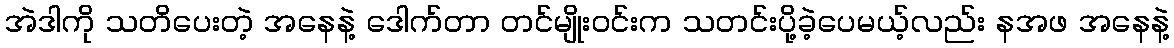
အဲဒါကို သတိပေးတဲ့ အနေနဲ့ ဒေါက်တာ တင်မျိုးဝင်းက သတင်းပို့ခဲ့ပေမယ့်လည်း နအဖ အနေနဲ့